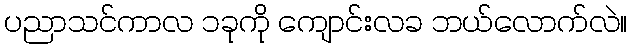
ပညာသင်ကာလ ၁ခုကို ကျောင်းလခ ဘယ်လောက်လဲ။